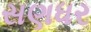
સણધર